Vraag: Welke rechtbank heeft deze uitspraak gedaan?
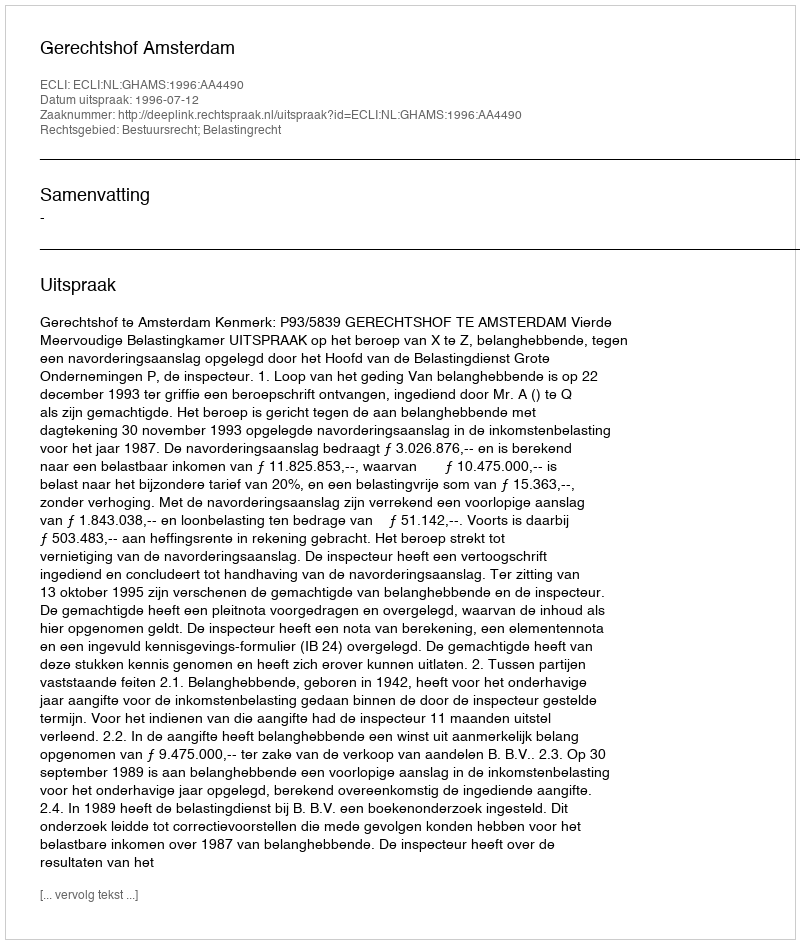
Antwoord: Gerechtshof Amsterdam